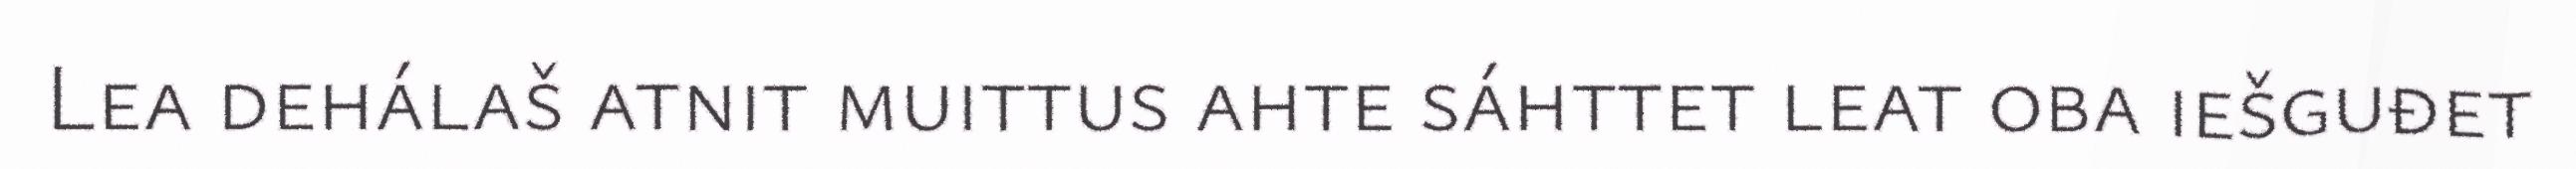
Lea dehálaš atnit muittus ahte sáhttet leat oba iešguđet